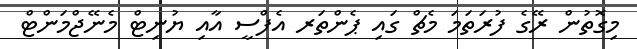
މިގޮތުން ރޭގެ ފުރަތަމަ މެޗް ގައި ޕެންތަރ އެފްސީ އާއި ޔުނިޓް މެނޭޖްމަންޓް